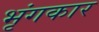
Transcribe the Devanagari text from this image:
भृंगकार